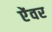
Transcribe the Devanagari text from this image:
ऐंवर